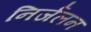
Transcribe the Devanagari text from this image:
निर्जलन